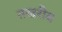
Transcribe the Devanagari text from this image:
तखरीब